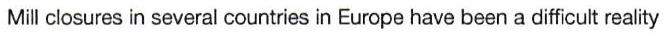
Mill closures in several countries in Europe have been a difficult reality